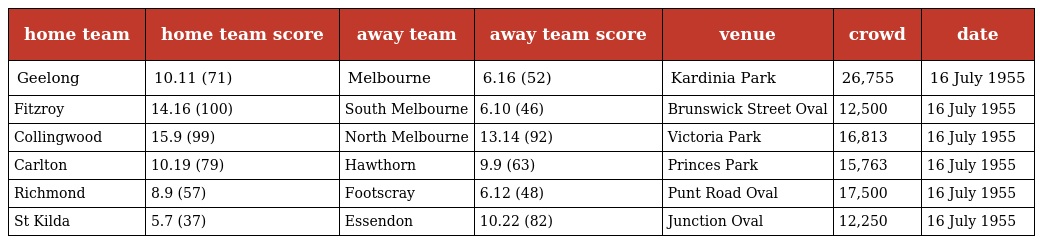
| home team | home team score | away team | away team score | venue | crowd | date |
 | --- | --- | --- | --- | --- | --- | --- |
 | Geelong | 10.11 (71) | Melbourne | 6.16 (52) | Kardinia Park | 26,755 | 16 July 1955 |
 | Fitzroy | 14.16 (100) | South Melbourne | 6.10 (46) | Brunswick Street Oval | 12,500 | 16 July 1955 |
 | Collingwood | 15.9 (99) | North Melbourne | 13.14 (92) | Victoria Park | 16,813 | 16 July 1955 |
 | Carlton | 10.19 (79) | Hawthorn | 9.9 (63) | Princes Park | 15,763 | 16 July 1955 |
 | Richmond | 8.9 (57) | Footscray | 6.12 (48) | Punt Road Oval | 17,500 | 16 July 1955 |
 | St Kilda | 5.7 (37) | Essendon | 10.22 (82) | Junction Oval | 12,250 | 16 July 1955 |